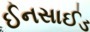
ઈનસાઈડ